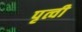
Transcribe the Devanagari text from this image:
पृत्वी